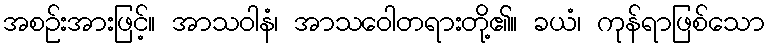
အစဉ်းအားဖြင့်။ အာသဝါနံ၊ အာသဝေါတရားတို့၏။ ခယံ၊ ကုန်ရာဖြစ်သော